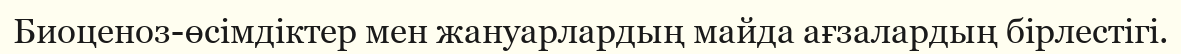
Биоценоз-өсімдіктер мен жануарлардың майда ағзалардың бірлестігі.